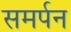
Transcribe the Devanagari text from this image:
समर्पन